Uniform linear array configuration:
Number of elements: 32
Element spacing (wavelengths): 0.75
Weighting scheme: binomial
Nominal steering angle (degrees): -15
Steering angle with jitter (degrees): -14.111
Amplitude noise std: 0.05
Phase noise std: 0.05

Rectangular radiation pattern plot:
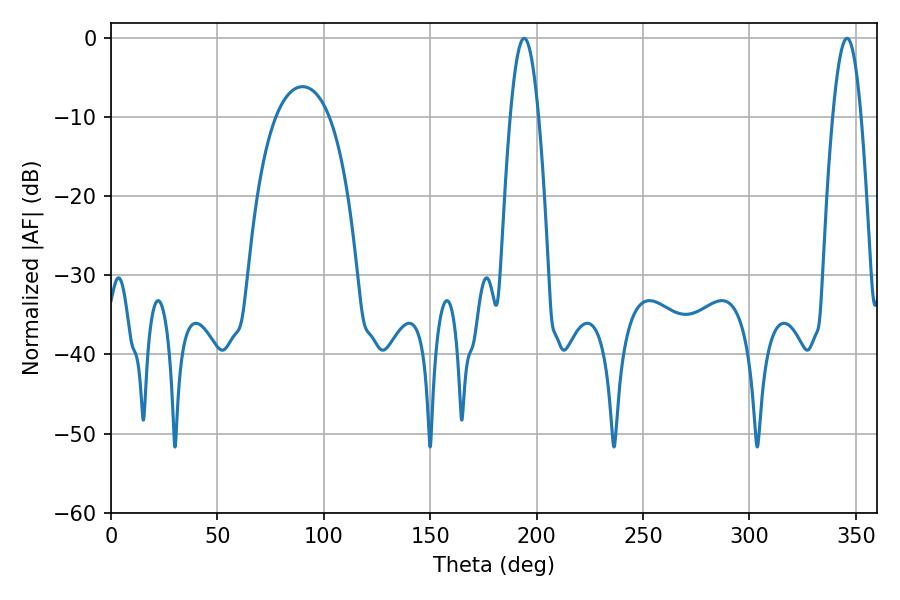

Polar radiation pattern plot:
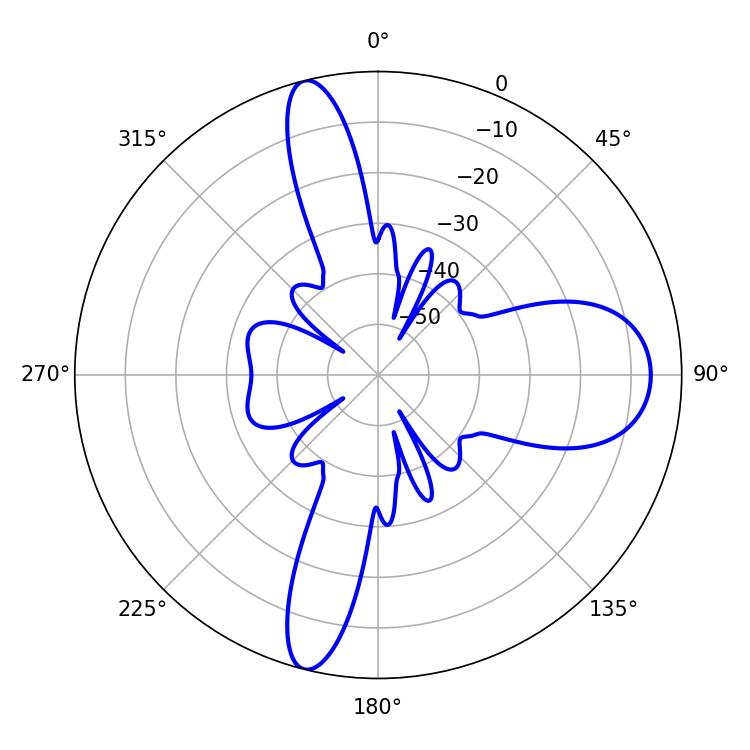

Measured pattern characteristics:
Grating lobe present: TRUE
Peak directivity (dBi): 18.271
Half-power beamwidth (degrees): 7.2
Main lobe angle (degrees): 194.22